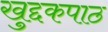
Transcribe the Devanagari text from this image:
खुद्दकपाठ